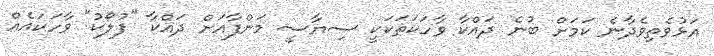
އަޅުވެތިވެދާނެ ކަމަށް ބުނެ ދައްކާ ވާހަކަތަކަކީ ސިޔާސީ މަންފާއަށް ދައްކާ "ފުލޯކު" ވާހަކައެއް